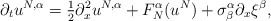
\begin{align*}\partial_tu^{N,\alpha}=\tfrac{1}{2}\partial_x^2u^{N,\alpha}+F_N^\alpha(u^N)+\sigma_\beta^\alpha\partial_x\xi^\beta,\end{align*}